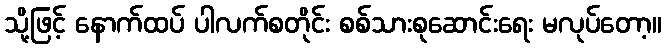
သို့ဖြင့် နောက်ထပ် ပါလက်စတိုင်း စစ်သားစုဆောင်းရေး မလုပ်တော့။